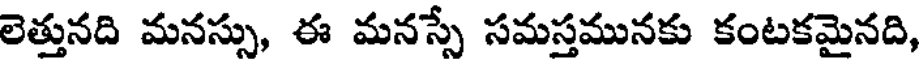
లెత్తునది మనస్సు, ఈ మనస్సే సమస్తమునకు కంటకమైనది,